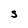
Character: S